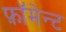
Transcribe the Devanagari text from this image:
फ़ॉमेन्ट